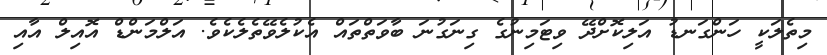
މިތެލަކީ ހަންގަނޑު އަލިކޮށްދޭ ވިޓަމިނުގެ ގިނަގުނަ ބާވަތްތައް އެކުލެވޭތެލެކެވެ. އަލްމަންޑް އޮއިލް އާއި